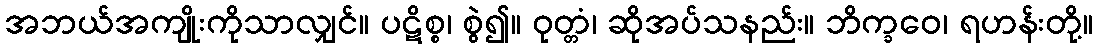
အဘယ်အကျိုးကိုသာလျှင်။ ပဋိစ္စ၊ စွဲ၍။ ဝုတ္တံ၊ ဆိုအပ်သနည်း။ ဘိက္ခဝေ၊ ရဟန်းတို့။